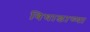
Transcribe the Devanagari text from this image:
बिघाडाच्या